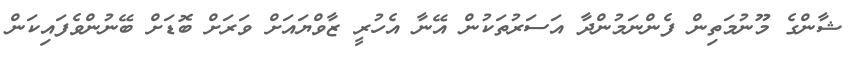
ޝާންގެ މޫނުމަތިން ފެންނަމުންދާ އަސަރުތަކުން އޭނާ އެހުރީ ޒާވްޔައަށް ވަރަށް ބޮޑަށް ބޭނުންވެފައިކަން